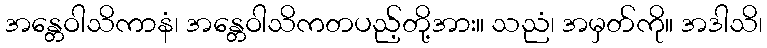
အန္တေဝါသိကာနံ၊ အန္တေဝါသိကတပည့်တို့အား။ သညံ၊ အမှတ်ကို။ အဒါသိ၊